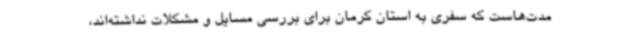
مدت‌هاست که سفری به استان کرمان برای بررسی مسایل و مشکلات نداشته‌اند،